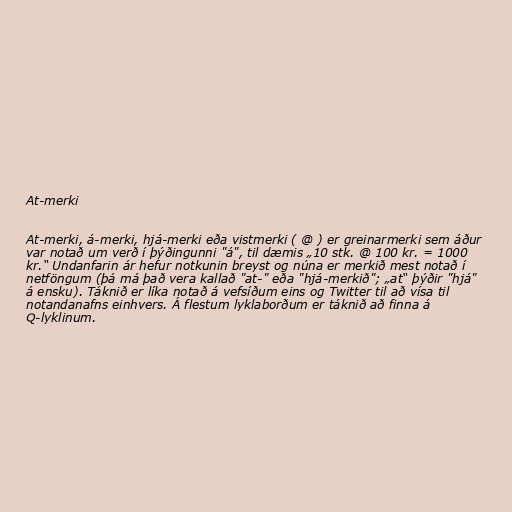
At-merki

At-merki, á-merki, hjá-merki eða vistmerki ( @ ) er greinarmerki sem áður
var notað um verð í þýðingunni "á", til dæmis „10 stk. @ 100 kr. = 1000
kr.“ Undanfarin ár hefur notkunin breyst og núna er merkið mest notað í
netföngum (þá má það vera kallað "at-" eða "hjá-merkið"; „at“ þýðir "hjá"
á ensku). Táknið er líka notað á vefsíðum eins og Twitter til að vísa til
notandanafns einhvers. Á flestum lyklaborðum er táknið að finna á
Q-lyklinum.